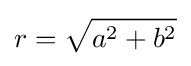
r={\sqrt {a^{2}+b^{2}}}